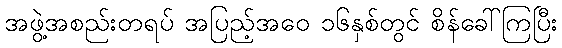
အဖွဲ့အစည်းတရပ် အပြည့်အဝေ ၁၆နှစ်တွင် စိန်ခေါ်ကြပြီး